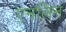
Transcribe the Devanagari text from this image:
एनलिन